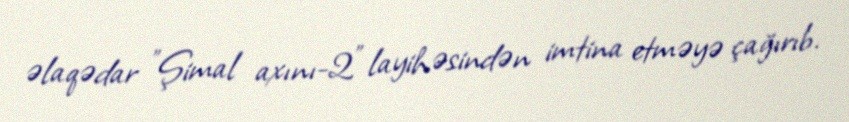
əlaqədar "Şimal axını-2" layihəsindən imtina etməyə çağırıb.